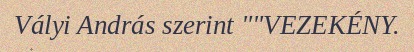
Vályi András szerint ""VEZEKÉNY.